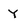
Character: Y